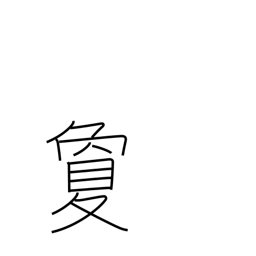
Meaning: far